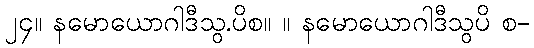
၂၄။ နမောယောဂါဒီသွ.ပိစ။ ။ နမောယောဂါဒီသွပိ စ-